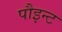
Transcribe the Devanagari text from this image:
पौइन्ट